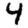
Digit: 4